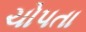
ચોપતા